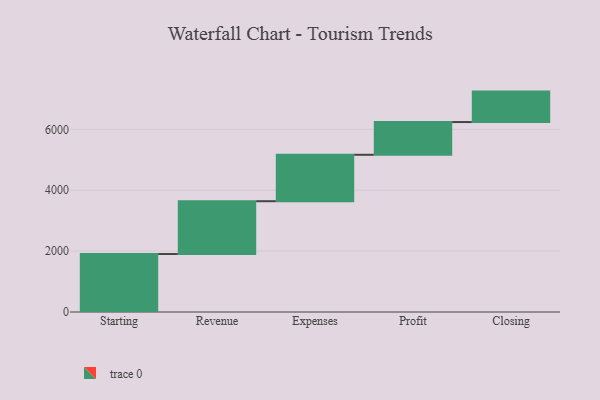
{"axis": {"x": "Step", "y": "Value"}, "legend": [""], "data": [{"x": "Starting", "y": 1904.0, "type": ""}, {"x": "Revenue", "y": 1735.0, "type": ""}, {"x": "Expenses", "y": 1525.0, "type": ""}, {"x": "Profit", "y": 1075.0, "type": ""}, {"x": "Closing", "y": 1000, "type": ""}]}